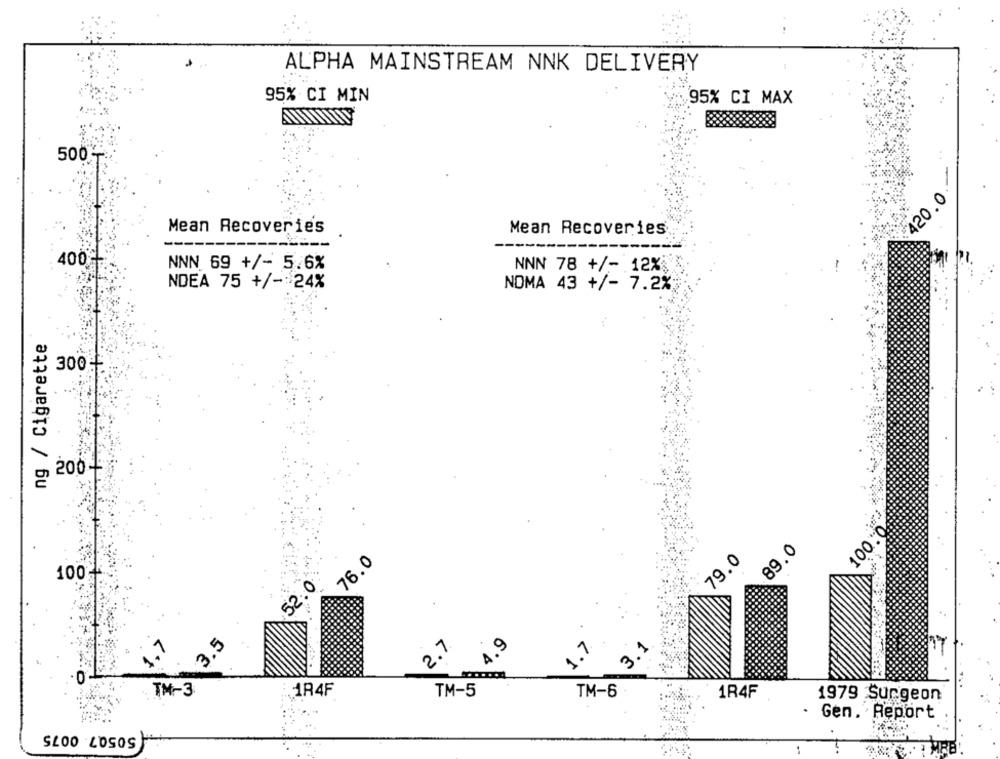
ALPHA MAINSTREAM NNK DELIVERY
95% CI MIN
.95% CI MAX
500-
420.0
Mean Recoveries
Mean Recoveries
----
400
NNN 69 +/- 5.6%
NNN 78 +/- 12%
NDEA 75 +/- 24%
NOMA 43 +/- 7.2%
ng / Cigarette
300:
2004
100.0
89.0
76.0
79.0
100%
52.0
3.5
2.7
4.9
1.7
3.
TM-3
1R4F
TM-5
TM-6
1R4F
1979 Surgeon
Gen. Report
SLOO LOSOS